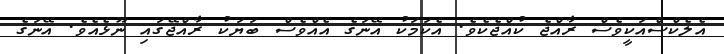
އެލެކްސްއަކީވެސް ރާއްޖެ ކުއްޖެކެވެ. އެކަމަކު އޭނަގެ އެއްވެސް ބަޔަކު ރާއްޖޭގައި ނޫޅެއެވެ. އޭނަގެ